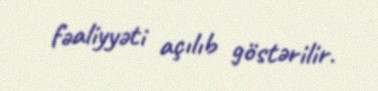
fəaliyyəti açılıb göstərilir.